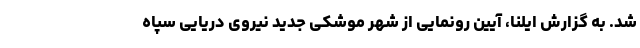
شد. به گزارش ایلنا، آیین رونمایی از شهر موشکی جدید نیروی دریایی سپاه